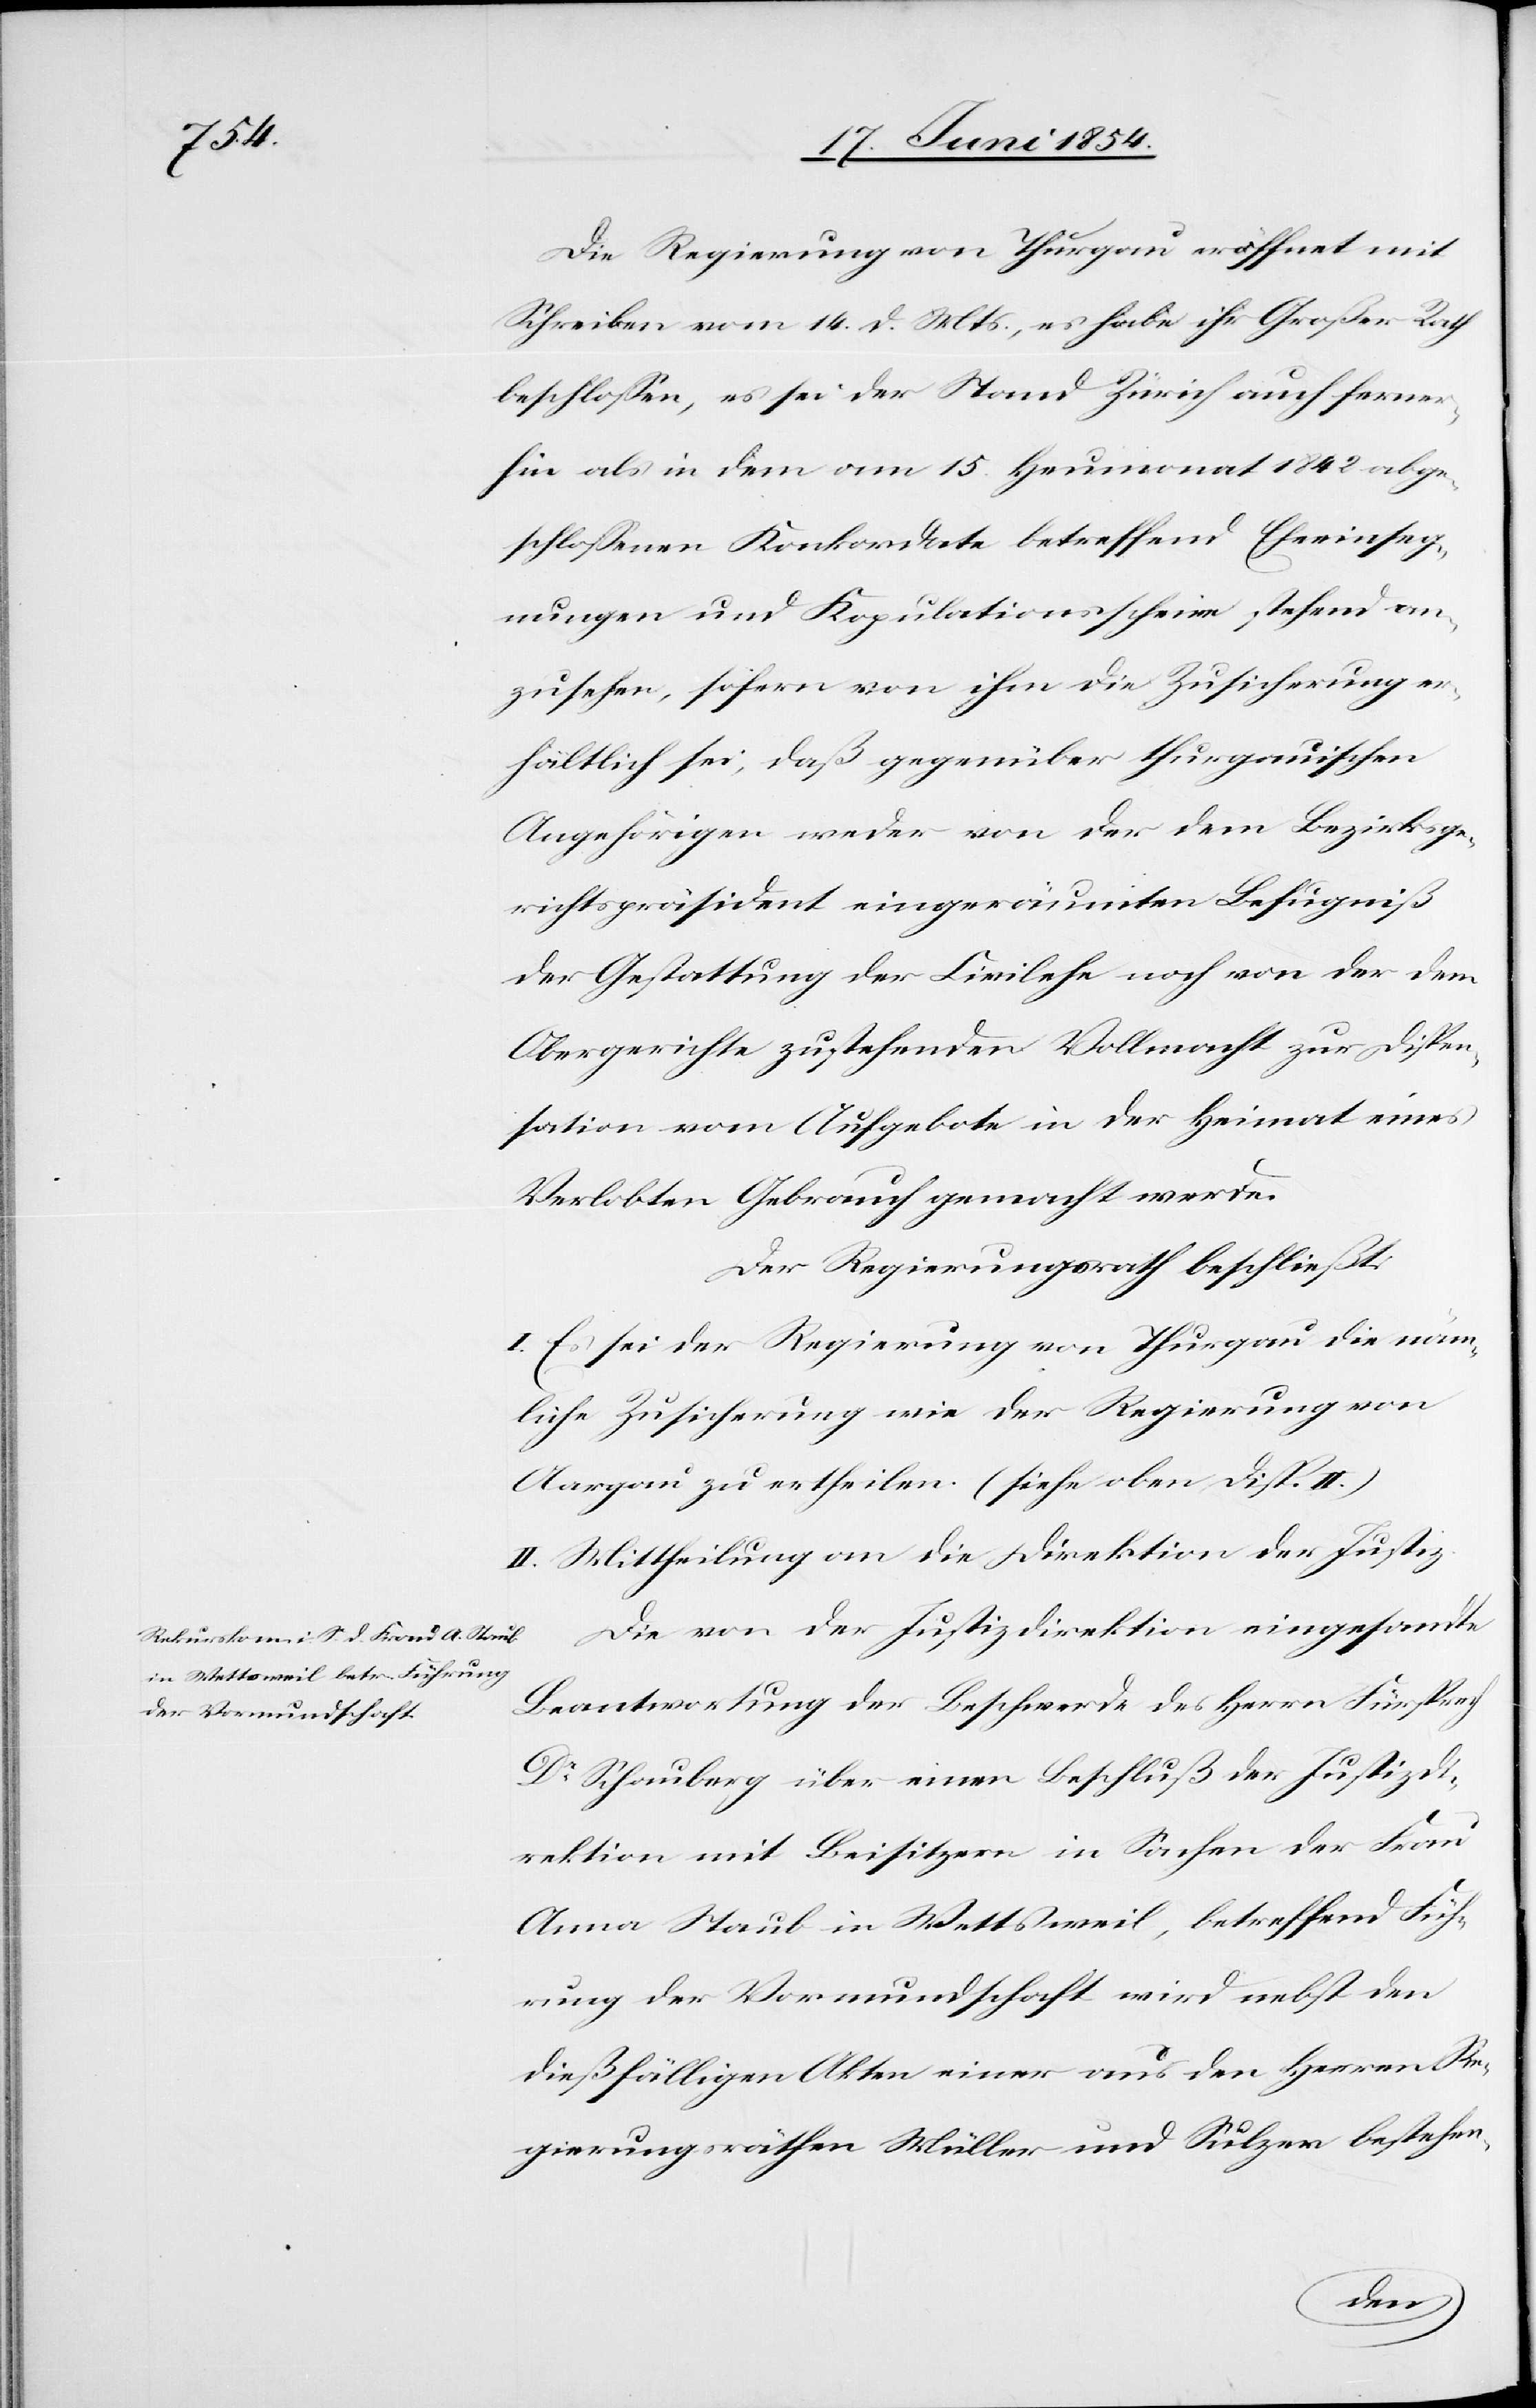
Die Regierung von Thurgau eröffnet mit
Schreiben vom 14. d. Mts., es habe ihr Großer Rath
beschloßen, es sei der Stand Zürich auch ferner¬
hin als in dem am 15. Heumonat 1842 abge¬
schloßenen Konkordate betreffend Eheeinseg¬
nungen und Kopulationsscheine stehend an¬
zusehen, sofern von ihm die Zusicherung er¬
hältlich sei, daß gegenüber thurgauischen
angehörigen weder von der dem Bezirksge¬
richtspräsident eingeräumten Befugniß
der Gestattung der Civilehe noch von der dem
Obergerichte zustehenden Vollmacht zur Dispen¬
sation vom Aufgebote in der Heimat eines
Verlobten Gebraucht gemacht werde.
Der Regierungsrath beschließt:
I. Es sei der Regierung von Thurgau die näm¬
liche Zusicherung wie der Regierung von
Aargau zu ertheilen. (siehe oben Disp. II.)
II. Mittheilung an die Direktion der Justiz.
Die von der Justizdirektion eingesandte
Beantwortung der Beschwerde des Herrn Fürsprech
Dr Schauberg über einen Beschluß der Justizdi¬
rektion mit Beisitzern in Sachen der Frau
Anna Staub in Wettsweil, betreffend Füh¬
rung der Vormundschaft wird nebst den
dießfälligen Akten einer aus den Herren Re¬
gierungsräthen Müller und Sulzer bestehen-